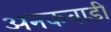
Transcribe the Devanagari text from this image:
अनकवाडी